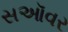
સઑવર